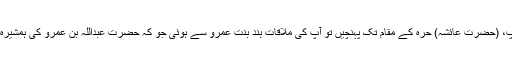
جب آپؓ، (حضرت عائشہ) حرّہ کے مقام تک پہنچیں تو آپ کی ملاقات ہند بنت عمرو سے ہوئی جو کہ حضرت عبداللہ بن عمرو کی ہمشیرہ تھیں ۔